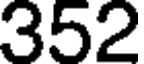
352